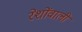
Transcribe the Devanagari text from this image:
रेशोंवाली